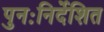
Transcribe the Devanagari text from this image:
पुनःनिर्देशित